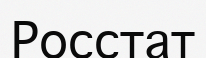
Росстат